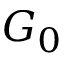
G _ { 0 }